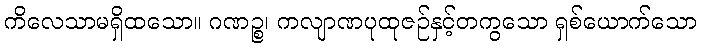
ကိလေသာမရှိထသော။ ဂဏဉ္စ၊ ကလျာဏပုထုဇဉ်နှင့်တကွသော ရှစ်ယောက်သော